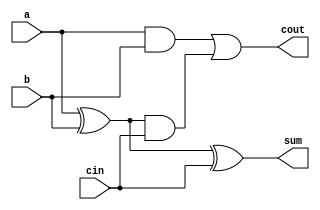
module full_adder(cout,sum,a,b,cin);
output cout,sum;
input a,b,cin;
wire x,y,z;

xor(x,a,b);
and(y,a,b);
and(z,x,cin);
or(cout,y,z);
xor(sum,x,cin);

endmodule

module full_adder_4bit(cout,sum,a,b,cin);
output cout;
output [3:0] sum;
input [3:0] a,b;
input cin;

wire c1,c2,c3;

full_adder ff_0(c1,sum[0],a[0],b[0],cin);
full_adder ff_1(c2,sum[1],a[1],b[1],c1);
full_adder ff_2(c3,sum[2],a[2],b[2],c2);
full_adder ff_3(cout,sum[3],a[3],b[3],c3);

endmodule

module stimulate_full_adder;

reg [3:0] a,b;
reg cin;
wire [3:0] sum;
wire cout;

full_adder_4bit f1(cout,sum,a,b,cin);

initial
begin
    a=4'd0;
    b=4'd0;
    cin=1'b0;
    # 20 a=4'd3; b=4'd4;
    # 20 a=4'd5; b=4'd6;
    # 50 a=4'd7; b=4'd8;

end

initial
begin
$mointor($time,"output sum = %d and cout = %d",sum,cout);
end

endmodule